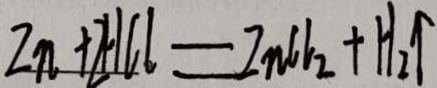
Z n + 2 H C l = Z n C l _ { 2 } + H _ { 2 } \uparrow